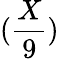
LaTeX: (\frac{X}{9})